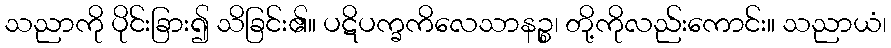
သညာကို ပိုင်းခြား၍ သိခြင်း၏။ ပဋိပက္ခကိလေသာနဉ္စ၊ တို့ကိုလည်းကောင်း။ သညာယံ၊